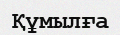
Құмылға